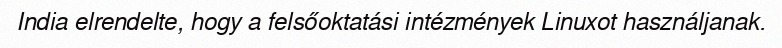
India elrendelte, hogy a felsőoktatási intézmények Linuxot használjanak.